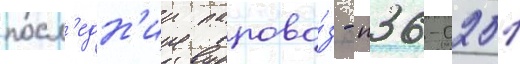
посл'едн'ии парово́з - п36-0251